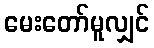
မေးတော်မူလျှင်